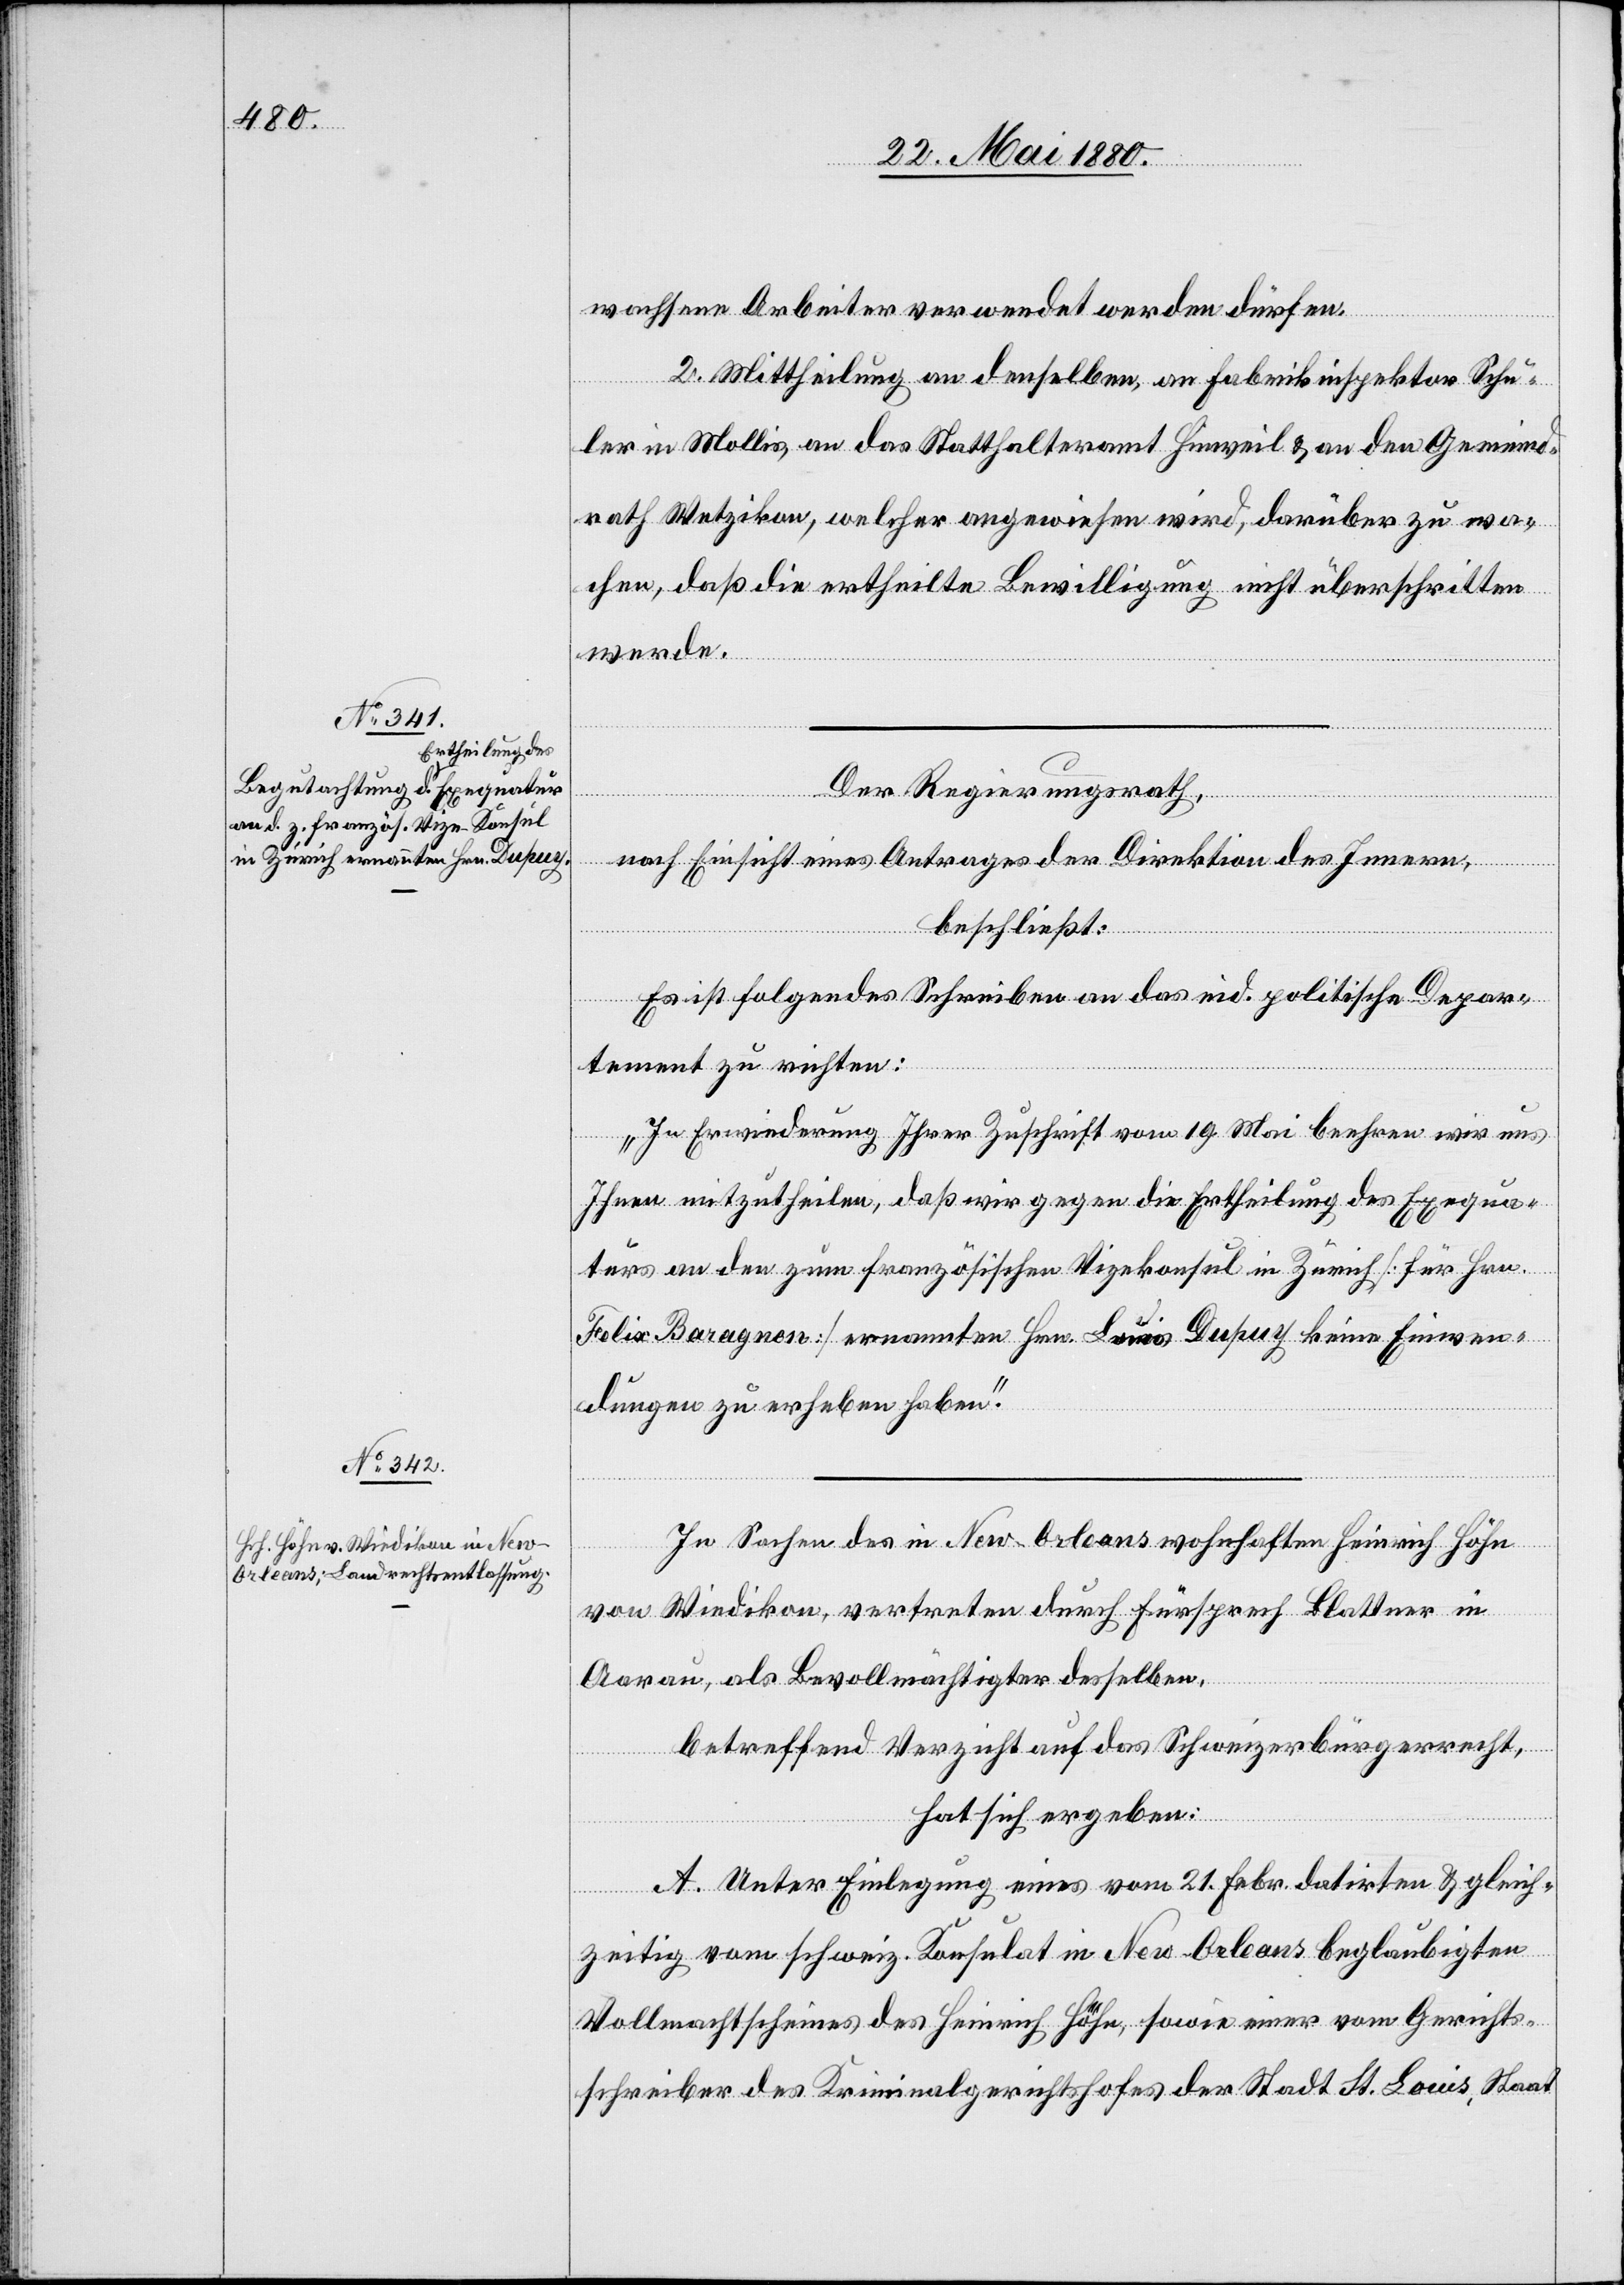
wachsene Arbeiter verwendet werden dürfen.
2. Mittheilung an denselben, an Fabrikinspektor Schu¬
ler in Mollis, an das Statthalteramt Hinweil & an den Gemeind¬
rath Wetzikon, welcher angewiesen wird, darüber zu wa¬
chen, daß die ertheilte Bewilligung nicht überschritten
werde.
Der Regierungsrath,
nach Einsicht eines Antrages der Direktion des Innern,
beschließt:
Es ist folgendes Schreiben an das eid. politische Depar¬
tement zu richten:
„In Erwiederung Ihrer Zuschrift vom 19. Mai beehren wir uns
Ihnen mitzutheilen, daß wir gegen die Ertheilung des Exequa¬
turs an den zum französischen Vizekonsul in Zürich [für Hrn.
Felix Baragnon] ernannten Hrn. Louis Dupuy keine Einwen¬
dungen zu erheben haben.“
In Sachen des in New-Orleans wohnhaften Heinrich Höhn
von Wiedikon, vertreten durch Fürsprech Blattner in
Aarau, als Bevollmächtigten desselben,
betreffend Verzicht auf das Schweizerbürgerrecht,
hat sich ergeben:
A. Unter Einlegung eines vom 21. Febr. datirten & gleich¬
zeitig vom schweiz. Konsulat in New-Orleans beglaubigten
Vollmachtscheines des Heinrich Höhn, sowie einer vom Gerichts¬
schreiber des Kriminalgerichtshofes der Stadt St. Louis, Staat